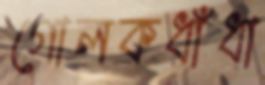
গোলকধাঁধা